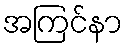
အကြင်နာ